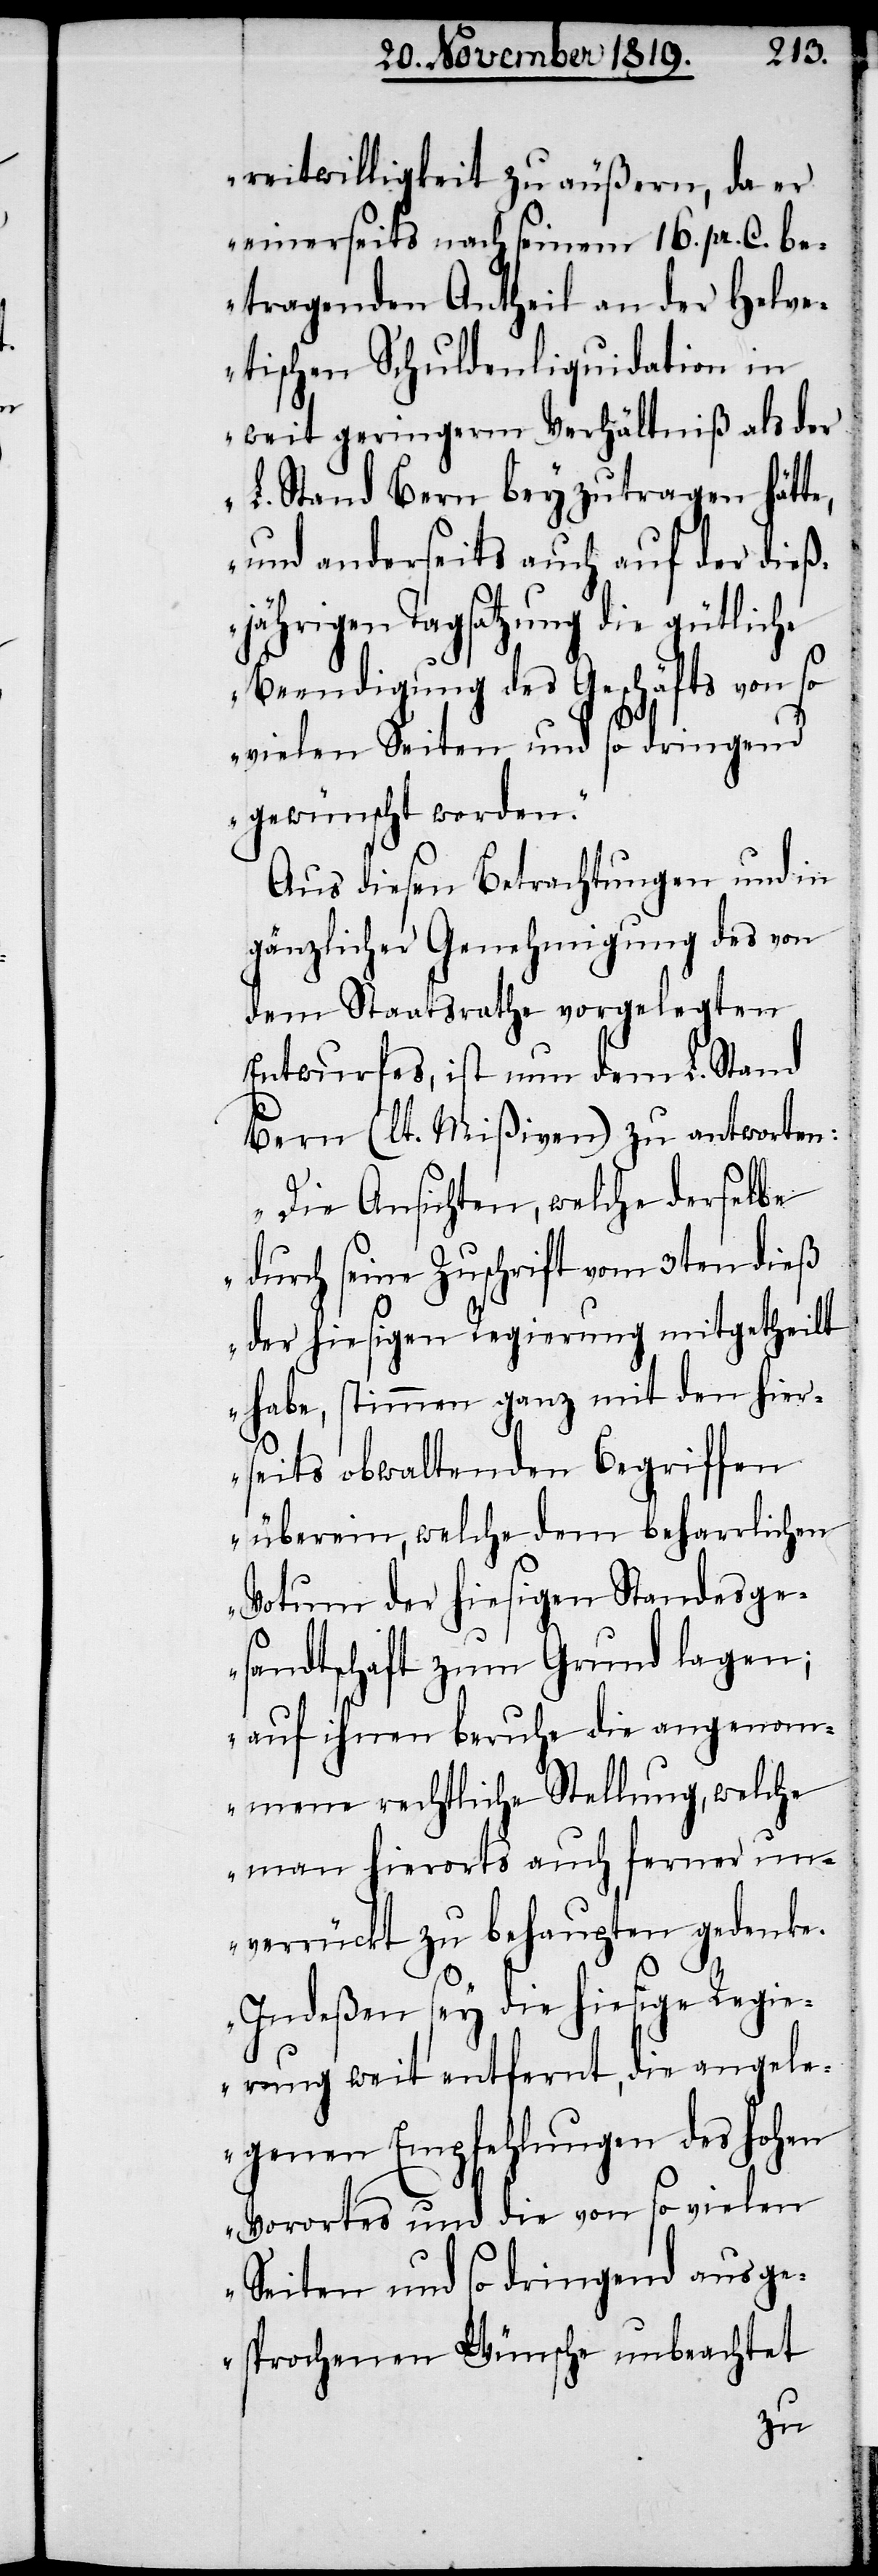
reitwilligkeit zu äußern, da er
einerseits nach seinem 16. pr. C. be¬
tragenden Antheil an der Helve¬
tischen Schuldenliquidation in
weit geringerm Verhältniß als der
L. Stand Bern beyzutragen hätte,
und anderseits auch auf der dieß¬
jährigen Tagsatzung die gütliche
Beendigung des Geschäfts von so
vielen Seiten und so dringend
gewünscht worden.“
Aus diesen Betrachtungen und in
gänzlicher Genehmigung des von
dem Staatsrathe vorgelegten
Entwurfes, ist nun dem L. Stand
Bern (lt. Mißiven) zu antworten:
„Die Ansichten, welche derselbe
durch seine Zuschrift vom 3ten dieß
der hiesigen Regierung mitgetheilt
habe, stimmen ganz mit den hier¬
seits obwaltenden Begriffen
überein, welche dem beharrlichen
Votum der hiesigen Standesge¬
sandtschaft zum Grund lagen;
auf ihnen beruhe die angenom¬
mene rechtliche Stellung, welche
man hierorts auch ferner un¬
verrückt zu behaupten gedenke.
Indeßen sey die hiesige Regie¬
rung weit entfernt, die angele¬
genen Empfehlungen des hohen
Vorortes und die von so vielen
Seiten und so dringend ausge¬
sprochenen Wünsche unbeachtet